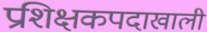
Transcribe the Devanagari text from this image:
प्रशिक्षकपदाखाली